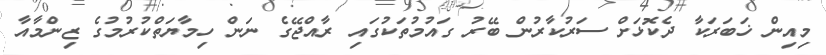
މިއިން ޚަބަރަކާ ދެކޮޅަށް ސަރުކާރުން ބޭރު ގައުމުތަކުގައި ރާއްޖޭގެ ނަން ހިމާޔަތްކުރުމުގެ ޒިންމާއާ